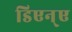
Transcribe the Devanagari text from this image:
डिएन्ए